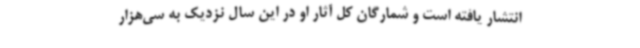
انتشار یافته است و شمارگان کل آثار او در این سال نزدیک به سی‌هزار